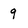
Character: q